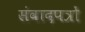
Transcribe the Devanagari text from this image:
संवादपत्रों